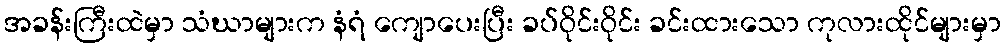
အခန်းကြီးထဲမှာ သံဃာများက နံရံ ကျောပေးပြီး ခပ်ဝိုင်းဝိုင်း ခင်းထားသော ကုလားထိုင်များမှာ